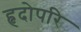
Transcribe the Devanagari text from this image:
हृदोपरि